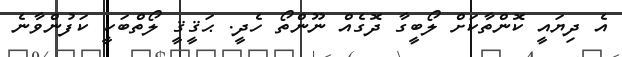
އެ ދިޔައީ ކޮންތާކަށް ލޯބީގާ ދޮގެއް ނޫންތޯ ހެދީ. ޙަޤީޤީ ލޯތްބަކީ ކަފުންވާނެ